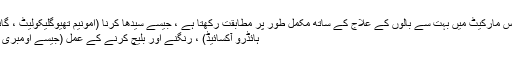
جواب: ہاں ، ہیئر ڈو ٹاکسکس مارکیٹ میں بہت سے بالوں کے علاج کے ساتھ مکمل طور پر مطابقت رکھتا ہے ، جیسے سیدھا کرنا (امونیم تھیوگلیکولیٹ ، گانائڈائن یا سوڈیم کا استعمال)
ہائڈرو آکسائیڈ) ، رنگنے اور بلیچ کرنے کے عمل (جیسے اومبری ، بلیائیج ، اور ہائی لائٹس)۔